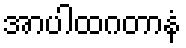
အာပါထဂတာနံ